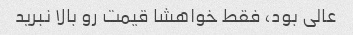
عالی بود، فقط خواهشا قیمت رو بالا نبرید